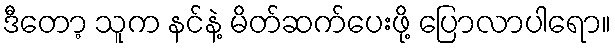
ဒီတော့ သူက နင်နဲ့ မိတ်ဆက်ပေးဖို့ ပြောလာပါရော။